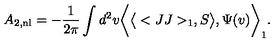
A _ { 2 , \mathrm { n l } } = - { \frac { 1 } { 2 \pi } } \int d ^ { 2 } v \bigg < \big < < J J > _ { 1 } , S \big > , \Psi ( v ) \bigg > _ { 1 } .